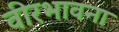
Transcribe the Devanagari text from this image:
वीरभावना